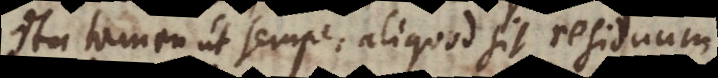
ita tamen ut semper aliquod sit residuum